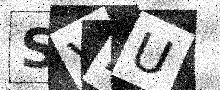
Text: SV2U